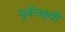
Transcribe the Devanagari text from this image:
पूर्वलक्ष्यी